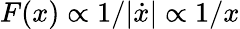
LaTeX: F(x)\propto 1/|\dot{x}|\propto 1/x